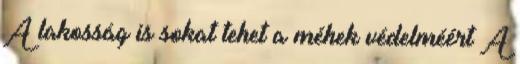
A lakosság is sokat tehet a méhek védelméért A